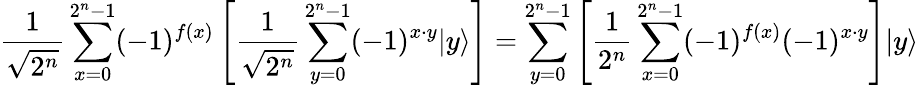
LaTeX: {\frac{1}{\sqrt{2^{n}}}}\sum_{x=0}^{2^{n}-1}(-1)^{f(x)}\left[{\frac{1}{\sqrt{2^{n}}}}\sum_{y=0}^{2^{n}-1}(-1)^{x\cdot y}|y\rangle\right]=\sum_{y=0}^{2^{n}-1}\left[{\frac{1}{2^{n}}}\sum_{x=0}^{2^{n}-1}(-1)^{f(x)}(-1)^{x\cdot y}\right]|y\rangle